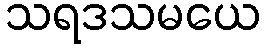
သရဒသမယေ